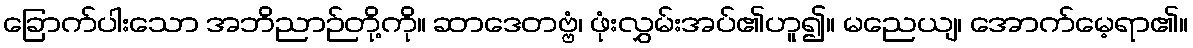
ခြောက်ပါးသော အဘိညာဉ်တို့ကို။ ဆာဒေတဗ္ဗံ၊ ဖုံးလွှမ်းအပ်၏ဟူ၍။ မညေယျ၊ အောက်မေ့ရာ၏။